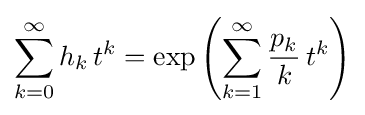
\sum _{k=0}^{\infty }h_{k}\,t^{k}=\exp \left(\sum _{k=1}^{\infty }{\frac {p_{k}}{k}}\,t^{k}\right)